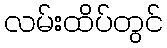
လမ်းထိပ်တွင်